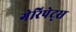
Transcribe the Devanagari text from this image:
गेरिपेट्स